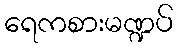
ရေကစားမဏ္ဍပ်